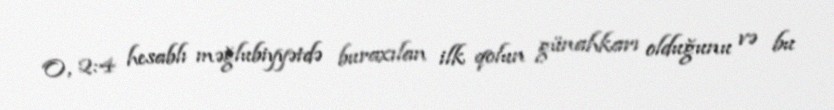
O, 2:4 hesablı məğlubiyyətdə buraxılan ilk qolun günahkarı olduğunu və bu